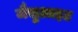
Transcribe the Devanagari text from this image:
जैसुआइट